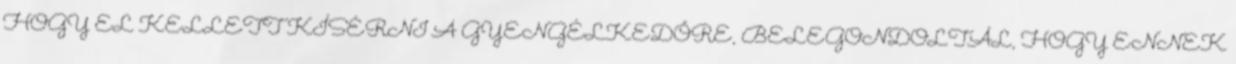
HOGY EL KELLETT KÍSÉRNI A GYENGÉLKEDŐRE, BELEGONDOLTÁL, HOGY ENNEK